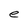
Character: e